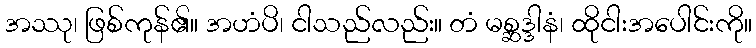
အဿု၊ ဖြစ်ကုန်၏။ အဟံပိ၊ ငါသည်လည်း။ တံ မစ္ဆဒ္ဒါနံ၊ ထိုငါးအပေါင်းကို။